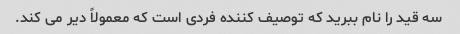
سه قید را نام ببرید که توصیف کننده فردی است که معمولاً دیر می کند.